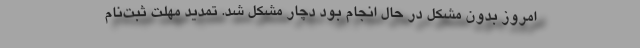
امروز بدون مشکل در حال انجام بود دچار مشکل شد. تمدید مهلت ثبت‌نام